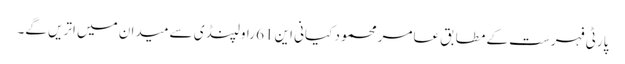
پارٹی فہرست کے مطابق عامر محمود کیانی این 61 راولپنڈی سے میدان میں اتریں گے۔